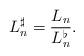
LaTeX: \begin{align*}L_n^\sharp = \frac{L_n}{L_n^\flat}.\end{align*}